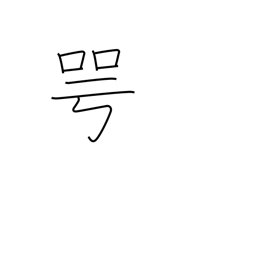
Meaning: outspokenly